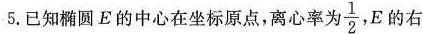
5.已知椭圆E的中心在坐标原点，离心率为\frac{1}{2}，E的右